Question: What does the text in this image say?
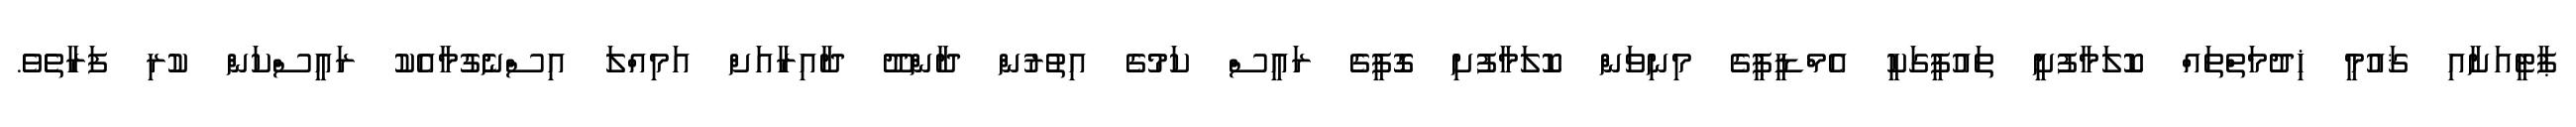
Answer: ޕާޓީއަށާއި ޤައުމީ ޚިދުމަތްތައް ކޮލަމާފުށީ ތައުފީގަކީ އެމްޑީޕީގެ މިނިވަން ކޮލަމާފުށި ގޮފީގެ ރައީސް ކަމުގެ އިތުރުން ދާންދޫ ދާއިރާއަށް އަމިއްލަ އިސްނެގުމާއެކު ރައީސްކަން ކުރި ފަރާތެވެ.